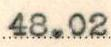
48.02